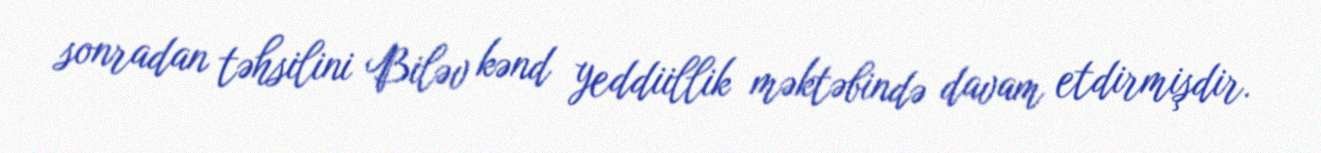
sonradan təhsilini Biləv kənd yeddiillik məktəbində davam etdirmişdir.